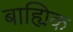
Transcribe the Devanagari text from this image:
बाह्यिक